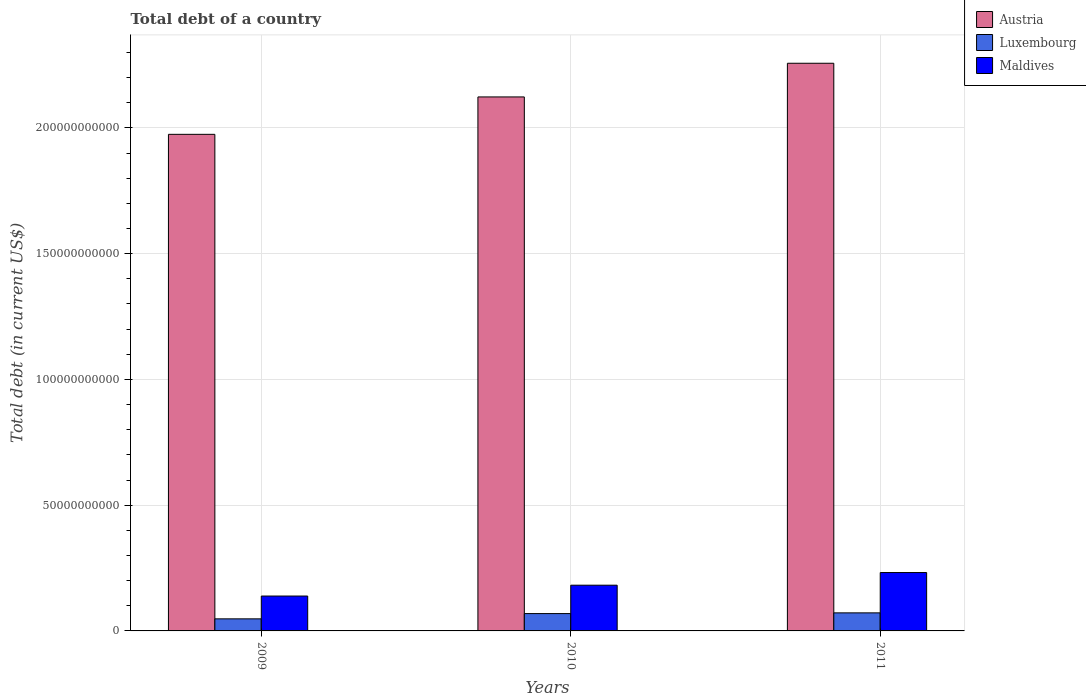
| Years | Austria | Luxembourg | Maldives |
 | --- | --- | --- | --- |
 | 2009 | 1.97e+11 | 4.8e+09 | 1.39e+10 |
 | 2010 | 2.12e+11 | 6.89e+09 | 1.82e+10 |
 | 2011 | 2.26e+11 | 7.18e+09 | 2.32e+10 |